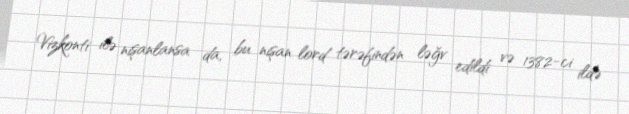
Vizkonti ilə nişanlansa da, bu nişan lord tərəfindən ləğv edildi və 1382-ci ildə